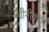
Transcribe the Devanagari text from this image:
नवीनीकृत।